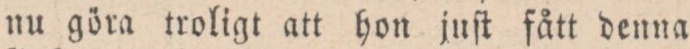
nu göra troligt att hon juſt fått denna